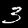
Label: 3